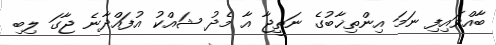
ބާއްވައިފި ނަމަ އިންތިޚާބުގެ ނަތީޖާ އާ މެދު ޝައްކު އުފައްދާނެ ޖާގަ ލިބި